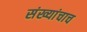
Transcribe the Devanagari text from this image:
संख्यांचाच